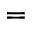
=